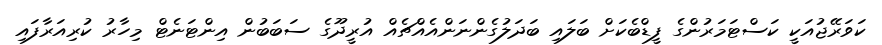
ކަވަރޭޖުއަކީ ކަސްޓަމަރުންގެ ފީޑްބެކަށް ބަލައި ބަދަލުގެންނަންއެއްޗެއް އުރީދޫގެ ސަބަބުން އިންޓަނެޓް މިހާރު ކުރިއަރާފައި